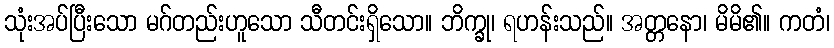
သုံးအပ်ပြီးသော မဂ်တည်းဟူသော သီတင်းရှိသော။ ဘိက္ခု၊ ရဟန်းသည်။ အတ္တနော၊ မိမိ၏။ ကတံ၊